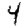
Digit: 4